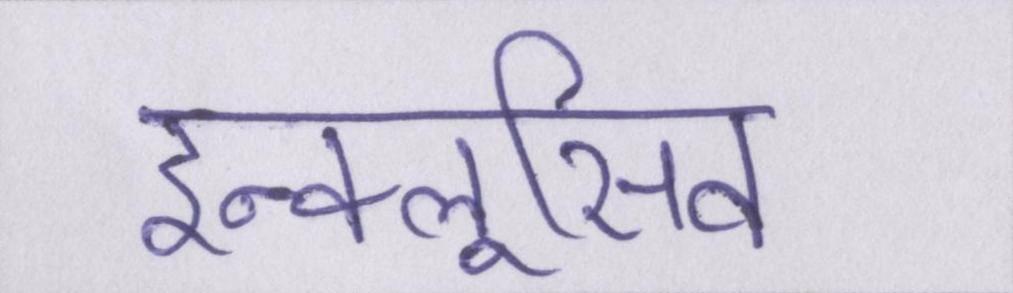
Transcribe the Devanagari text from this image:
इन्क्लूसिव